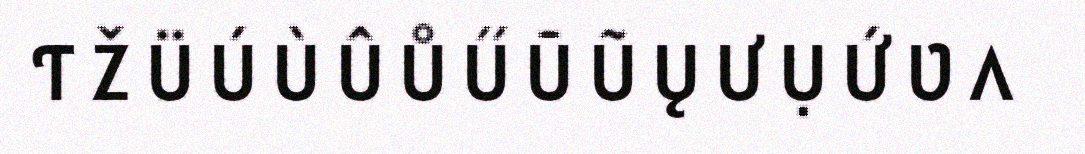
Ƭ Ž Ü Ú Ù Û Ů Ű Ū Ũ Ų Ư Ụ Ứ Ʋ Ʌ